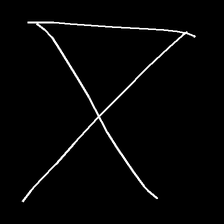
Glyph: collection